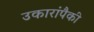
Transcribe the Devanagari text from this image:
उकारांपैकी